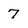
Character: 7